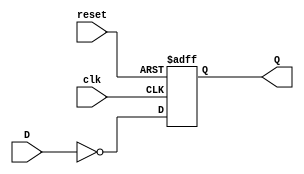
// ---------------------------   T Flip Flop   ------------------------------- //
module FF ( clk , reset , D , Q ) ;
// -------------------------- Inputs Declarations ---------------------------- //
input clk , D, reset ;
// ------------------------- Outputs Declarations ---------------------------- //
output Q ;
// ---------------------------- Reg Declarations ----------------------------- //
reg Q ;
always @( posedge clk or posedge reset)
begin
  if(reset)
	  Q <= 0 ;
  else
	  Q <= ~D ;
end

endmodule
// ----------------------------- End of File --------------------------------- //
// --------------------------------------------------------------------------- //